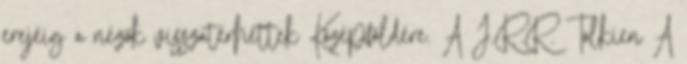
erejéig a nézők visszatérhettek Középföldére. A J.R.R. Tolkien A